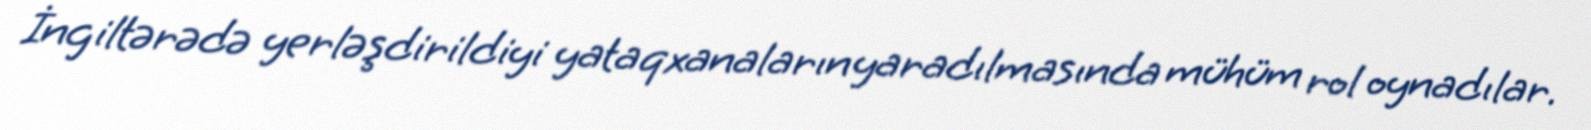
İngiltərədə yerləşdirildiyi yataqxanaların yaradılmasında mühüm rol oynadılar.